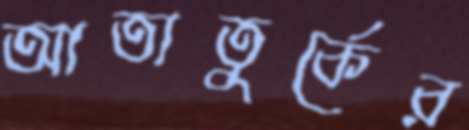
আতাতুর্কের